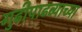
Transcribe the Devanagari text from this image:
गुढीपाढव्याच्या